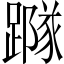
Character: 𨅷